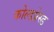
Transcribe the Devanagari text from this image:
कोल्डप्रेस्ड